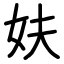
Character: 妋